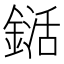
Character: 𨨱